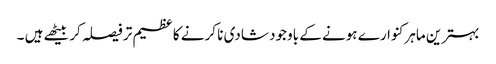
بہترین ماہرکنوارے ہونے کے باوجود شادی نا کرنے کا عظیم تر فیصلہ کر بیٹھے ہیں ۔